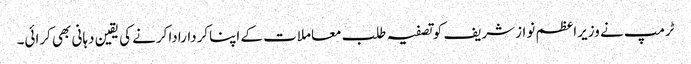
ٹرمپ نے وزیراعظم نوازشریف کوتصفیہ طلب معاملات کے اپناکرداراداکرنے کی یقین دہانی بھی کرائی۔